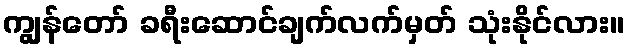
ကျွန်တော် ခရီးဆောင်ချက်လက်မှတ် သုံးနိုင်လား။